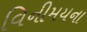
વિનીમયના